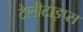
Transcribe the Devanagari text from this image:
टेलीटाइप्स